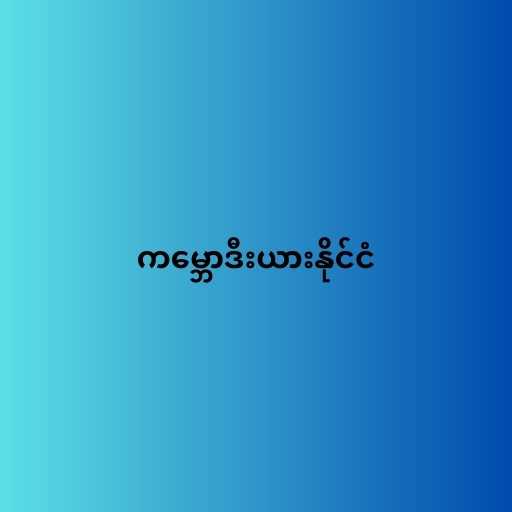
ကမ္ဘောဒီးယားနိုင်ငံ